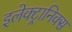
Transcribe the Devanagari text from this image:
इलेक्ट्रानिक्स